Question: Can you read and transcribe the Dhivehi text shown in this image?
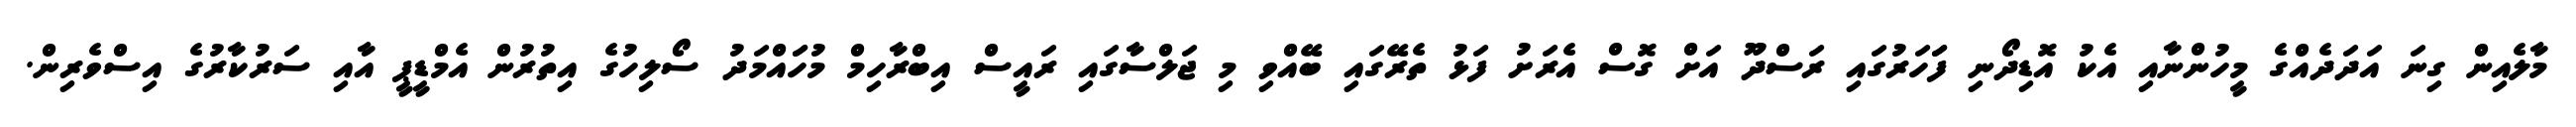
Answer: މާލެއިން ގިނަ އަދަދެއްގެ މީހުންނާއި އެކު އޮޑިދޯނި ފަަހަރުގައި ރަސްދޫ އަށް ގޮސް އެރަށު ފަޅު ތެރޭގައި ބޭއްވި މި ޖަލްސާގައި ރައީސް އިބްރާހިމް މުހަައްމަދު ސޯލިހުގެ އިތުރުން އެމްޑީޕީ އާއި ސަރުކާރުގެ އިސްވެރިން.